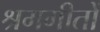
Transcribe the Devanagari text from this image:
श्रमगीतों